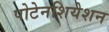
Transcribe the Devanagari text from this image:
पोटेनशियेशन